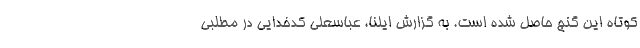
کوتاه این گنج حاصل شده است. به گزارش ایلنا، عباسعلی کدخدایی در مطلبی